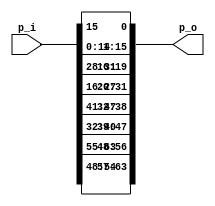

module round_per(
input [63:0] p_i,

output [63:0] p_o

    );
    
wire [15:0] b0,b1,b2,b3;  

reg[15:0] a0,a1,a2,a3; 
    
assign b0 = p_i[15:0] ;
assign b1 = p_i[31:16];
assign b2 = p_i[47:32];
assign b3 = p_i[63:48];
   
    always @ (*) begin
    
        a0 = {b0[14:0],b0[15]};
        a1 = {b1[11:0],b1[15:12]};
        a2 = {b2[8:0],b2[15:9]};
        a3 = {b3[6:0],b3[15:7]};
    
    end
   
assign p_o = {a3,a2,a1,a0}; 
    
endmodule